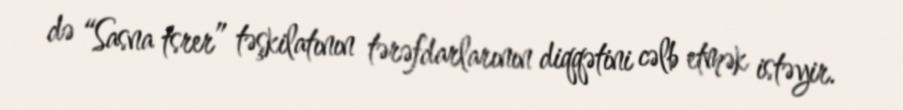
də “Sasna tsrer” təşkilatının tərəfdarlarının diqqətini cəlb etmək istəyir.